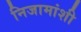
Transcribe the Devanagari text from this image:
निजामांशी